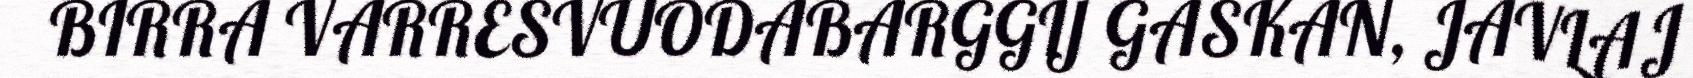
BIRRA VARRESVUODABARGGIJ GASKAN, JAVLAJ